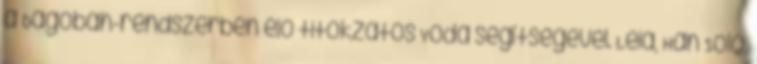
a Dagobah-rendszerben élő titokzatos Yoda segítségével. Leia, Han Solo,